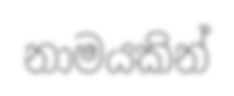
නාමයකින්